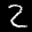
Digit: 2